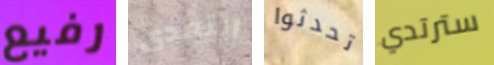
رفيع ابتعدى تحدثوا سترتدي